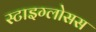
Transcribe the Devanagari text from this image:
स्टाइग्लोसस